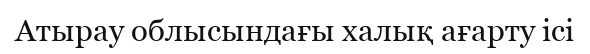
Атырау облысындағы халық ағарту ісі